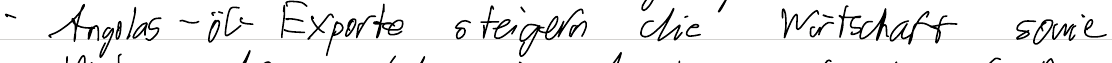
- Angolas-Öl-Exporte steigern die Wirtschaft sowie